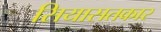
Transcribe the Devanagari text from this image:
सियासतकार